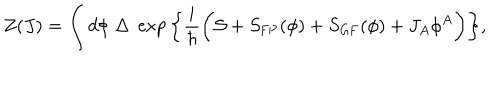
Z ( J ) = \int d \phi \; \Delta \; \exp \bigg \{ \frac { i } { \hbar } \bigg ( { \cal S } + S _ { \mathrm { F P } } ( \phi ) + S _ { \mathrm { G F } } ( \phi ) + J _ { A } \phi ^ { A } \bigg ) \bigg \} ,